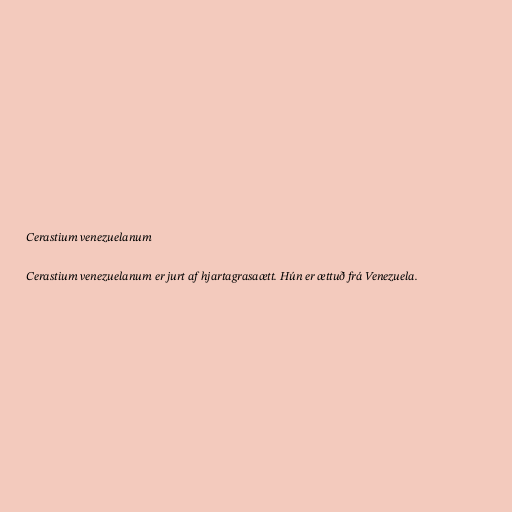
Cerastium venezuelanum

Cerastium venezuelanum er jurt af hjartagrasaætt. Hún er ættuð frá Venezuela.